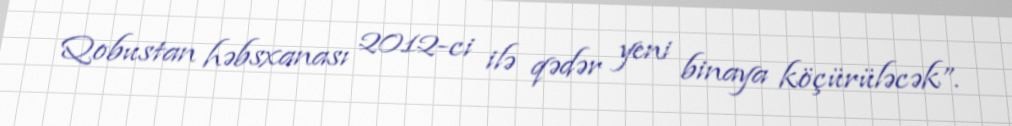
Qobustan həbsxanası 2012-ci ilə qədər yeni binaya köçürüləcək”.